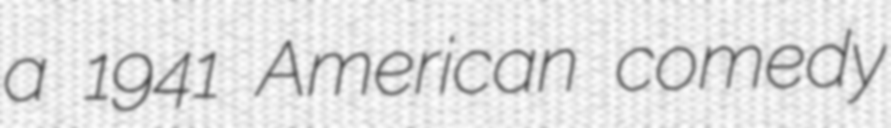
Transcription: a 1941 American comedy